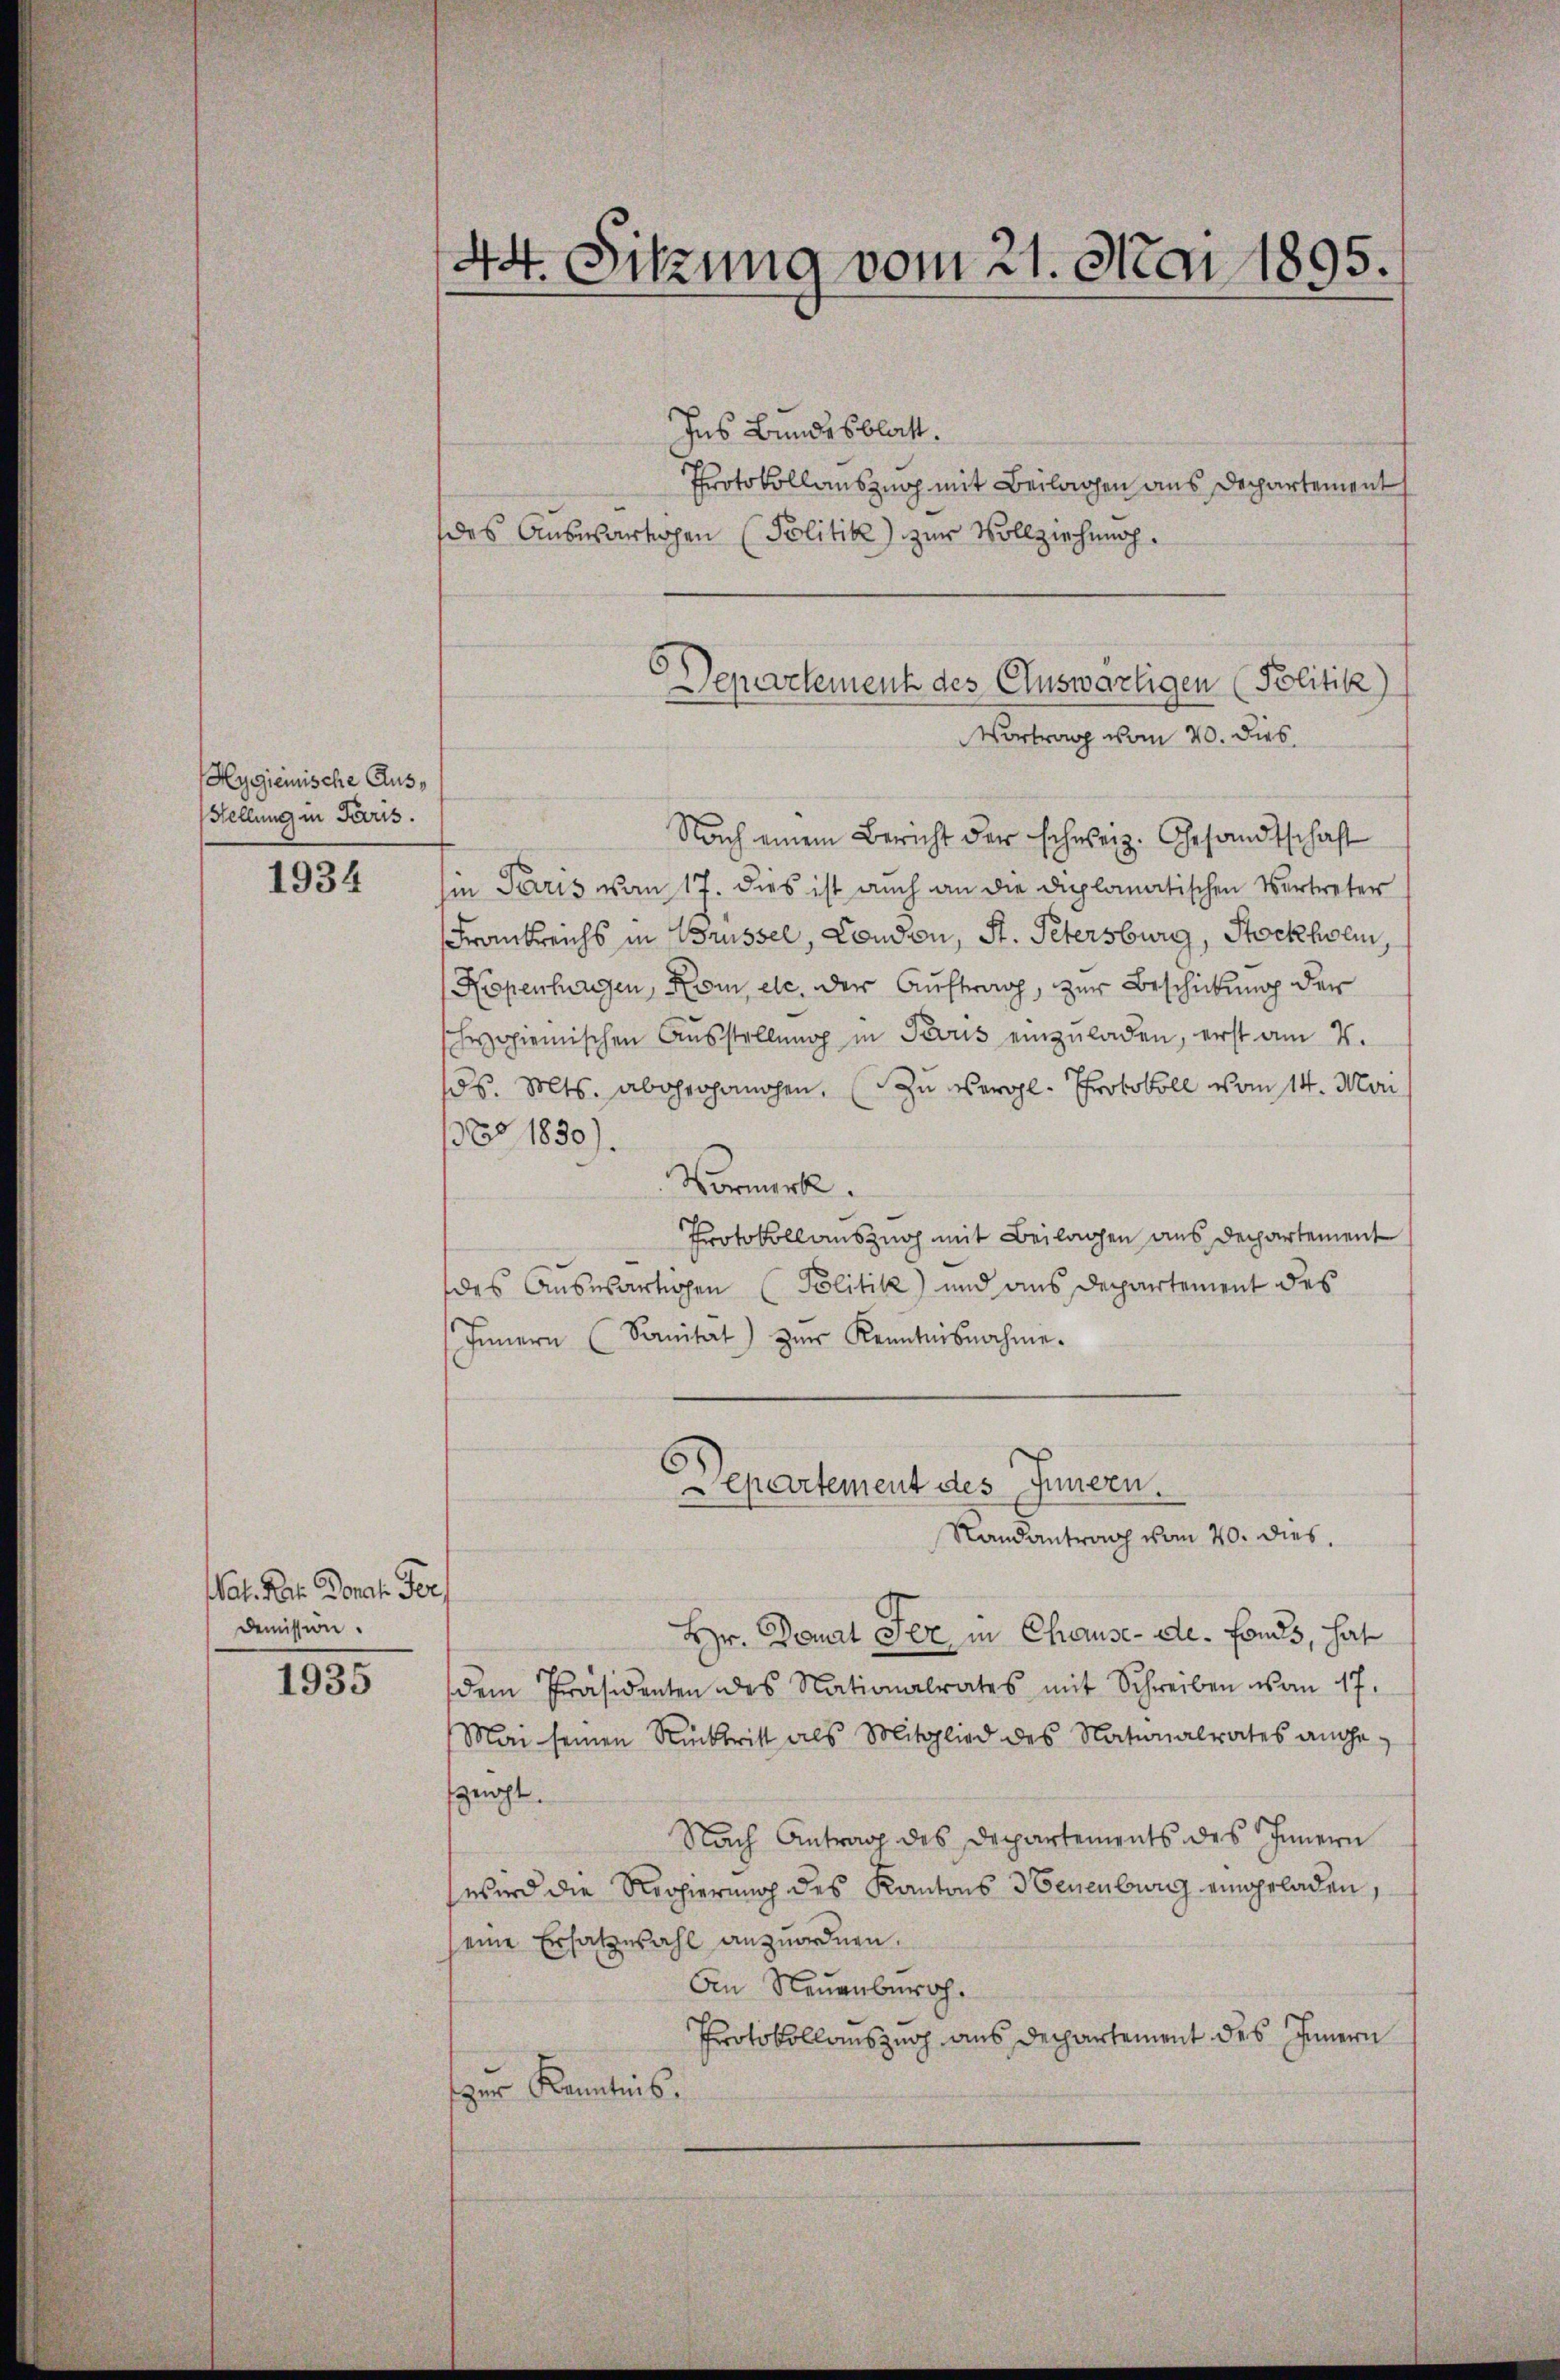
Hygienische Aus¬
Stellung in Paris.

1934

at. Post. Donat Fer
Demission.

1935

44. Sitzung vom 21. Mai 1895.

Ins Bundesblatt.
Protokollauszug mit Beilagen aus Dechartement
des Auswärtigen Politik) zur Vollziehung.
Vortrag vom 20. dies
Nach einem Bericht der schweiz. Gesandtschaft
in Paris von 17. dies ist auch an die diplomatischen Vertreter
Frankreichs in Brüssel, London, St. Petersburg, Stockholm,
Kopenhagen, Kom, etc. der Auftrag, zur Beschickung der
hoienischen Aŭsstellŭng in Trouis einzŭladen, erst am 4.
os. Mts. abgehanden. (Zu Vergl. Protokoll vom 14. Mai
Nro 1830).
Vormerk.
Protokoll auszug mit Beilagen aus Departement
des Auswärtigen Politik) und aus Departement des
Innern (Sanitat) zŭr Kenntnisnahme.
Departement des Innern.
Randantrag vom 20. dies
Hr. Donat Fer in Chause-de-Fonds, hat
dem Präsidenten des Nationalrates mit Schreiben von 17.
Mai seinen Rücktritt als Mitglied des Nationalrates angefzeicht.
Nach Antrag des Departements des Innern
wird die Regierung des Kantons Neuenburg eingeladen,
(eine Ersatzwahl anzuordnen.
An Neuenburg.
Protokollauszug aus Dechartement des Innern
zur Kenntnis.

Departement des Auswärtigen (Politik)